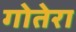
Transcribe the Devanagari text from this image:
गोतेरा